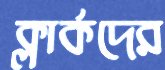
ক্লার্কদের